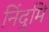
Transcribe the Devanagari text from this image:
निंदुमि